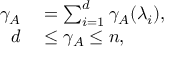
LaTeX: \begin{array} { r l } { \gamma _ { A } } & { { } = \sum _ { i = 1 } ^ { d } \gamma _ { A } ( \lambda _ { i } ) , } \\ { d } & { { } \leq \gamma _ { A } \leq n , } \end{array}